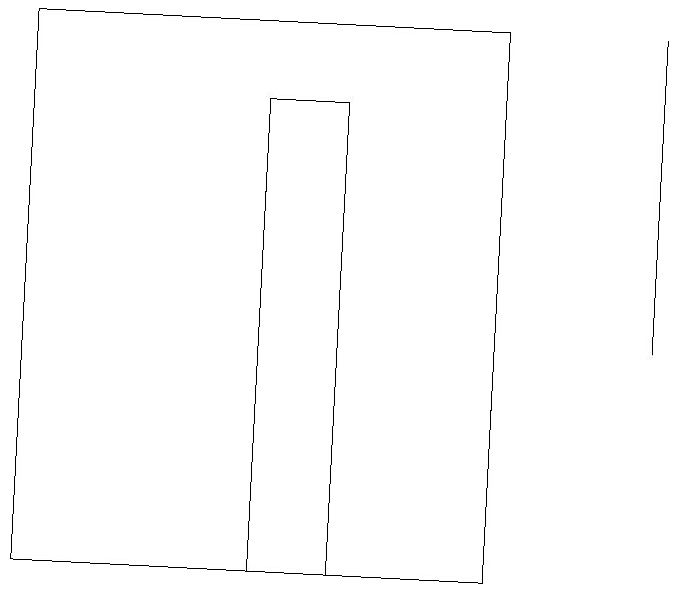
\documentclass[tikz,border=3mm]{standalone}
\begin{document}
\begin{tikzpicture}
\draw (6,19) rectangle (0,12);
\draw (8,19) rectangle (8,15);
\draw (3,12) rectangle (4,18);
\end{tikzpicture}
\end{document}